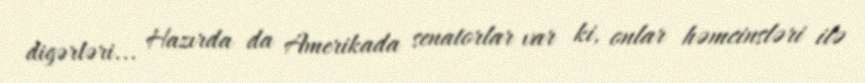
digərləri... Hazırda da Amerikada senatorlar var ki, onlar həmcinsləri ilə